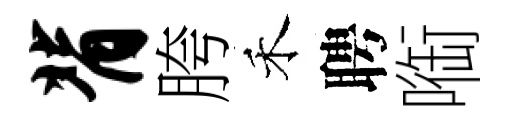
背胯禾聘㗸